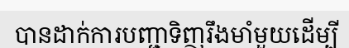
បានដាក់ការបញ្ជាទិញរឹងមាំមួយដើម្បី